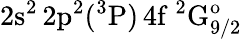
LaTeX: \mathrm{2s^{2}\, 2p^{2}(^{3}P)\, 4f~^{2}G_{9/2}^{o}}